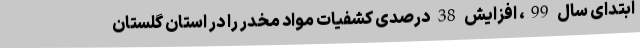
ابتدای سال 99، افزایش 38 درصدی کشفیات مواد مخدر را در استان گلستان